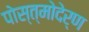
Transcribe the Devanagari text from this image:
पोस्त्मोदेर्ण